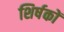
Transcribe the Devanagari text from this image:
शिर्षकों